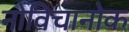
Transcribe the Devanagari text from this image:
नोविचानोक